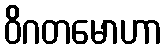
ဝိဂတမောဟာ